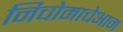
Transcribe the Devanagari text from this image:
निचोमाचेआन